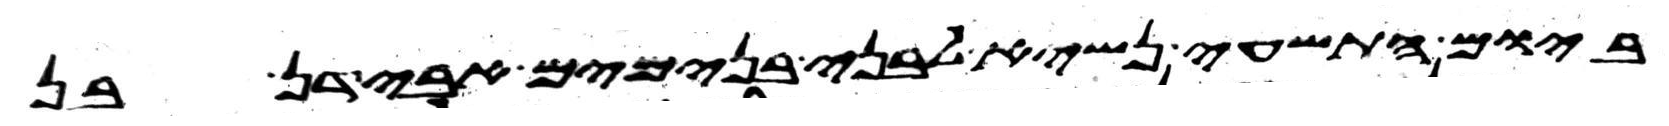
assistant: ביום התשעי נשיא לבני בנימים אבידן בן